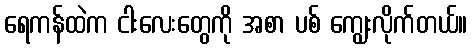
ရေကန်ထဲက ငါးလေးတွေကို အစာ ပစ် ကျွေးလိုက်တယ်။